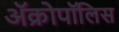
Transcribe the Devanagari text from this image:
ॲक्रोपॉलिस